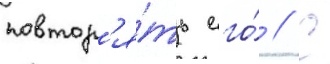
повтор'я́ть его́ // С